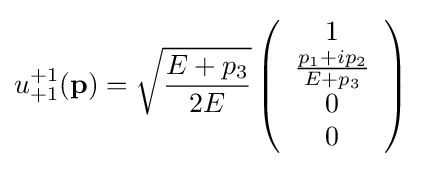
u_{+1}^{+1}(\mathbf {p} )={\sqrt {{E+p_{3}} \over 2E}}\left({\begin{array}{c}1\\{{p_{1}+ip_{2}} \over {E+p_{3}}}\\0\\0\end{array}}\right)